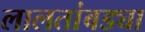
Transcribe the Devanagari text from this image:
लालतांबड्या